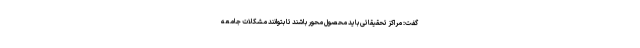
گفت: مراکز تحقیقاتی باید محصول محور باشند تا بتوانند مشکلات جامعه